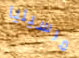
مرسيليا